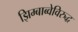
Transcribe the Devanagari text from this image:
झिम्बाब्वेविरुद्ध